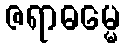
ဇရာဓမ္မေ